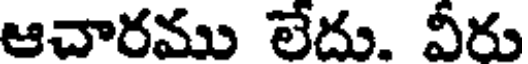
ఆచారము లేదు. వీరు